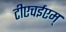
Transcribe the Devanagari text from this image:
टीएचईएम्